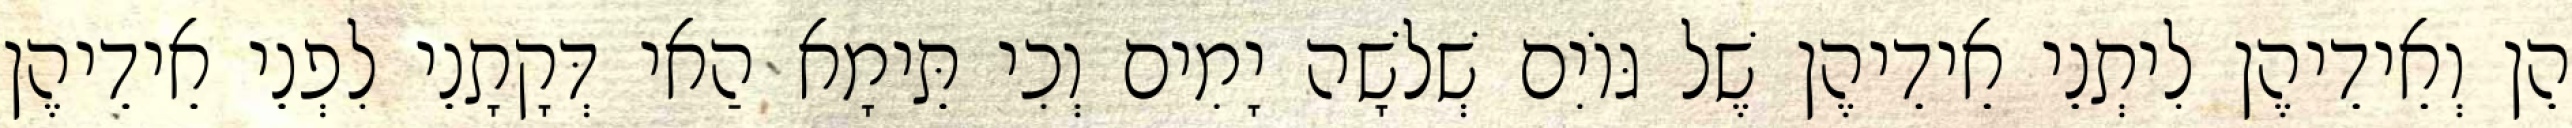
הֵן וְאֵידֵיהֶן לִיתְנֵי אֵידֵיהֶן שֶׁל גּוֹיִם שְׁלֹשָׁה יָמִים וְכִי תֵּימָא הַאי דְּקָתָנֵי לִפְנֵי אֵידֵיהֶן